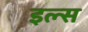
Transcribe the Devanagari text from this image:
इल्स